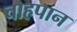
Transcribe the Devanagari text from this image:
चाहपान